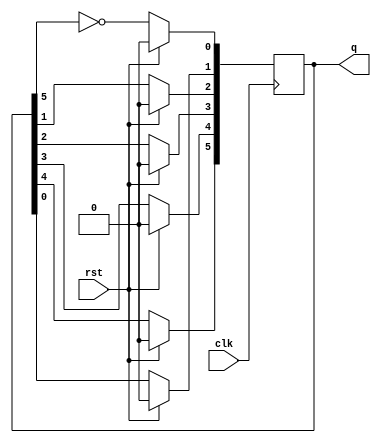
module JohnsonCounter(clk, rst, q);
    input       clk;
    input       rst;
    output [5:0] q;

    reg [5:0] q;
    
    always @(posedge clk)
    begin
    
    if(rst)
        q=6'd0;
    else
        begin 
            q[5]<=q[4];
            q[4]<=q[3];
            q[3]<=q[2];
            q[2]<=q[1];
            q[1]<=q[0];
            q[0]<=(~q[5]);
        end
    end
endmodule